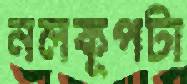
নলকূপটা